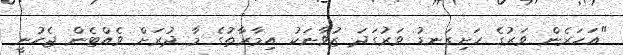
"އަހަރެން ވަރުގެ ހަށިގަނޑު ވަރުގަދަ ޒުވާނަކު އިމާރާތުގެ މާ ދުރަށް ވެއްޓެން ޖެހުނީ